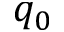
q _ { 0 }